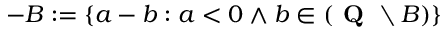
- B : = \{ a - b : a < 0 \land b \in ( { \textbf { Q } } \setminus B ) \}